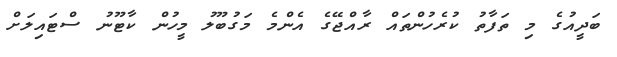
ބަދީއުގެ މި ތަފާތު ކުރެހުންތައް ރާއްޖޭގެ އެންމެ މަގުބޫލު މީހުން ކާޓޫނު ސްޓައިލަށް